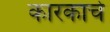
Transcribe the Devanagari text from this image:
कारकाचे